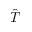
\hat { T }